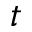
t